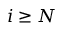
i \geq N